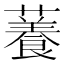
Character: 𧁙